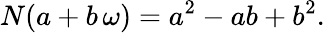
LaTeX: N(a+b\, \omega)=a^{2}-ab+b^{2}.